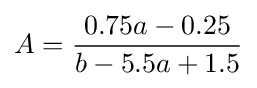
A={\frac {0.75a-0.25}{b-5.5a+1.5}}